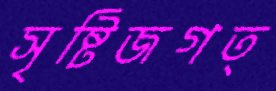
সৃষ্টিজগত্